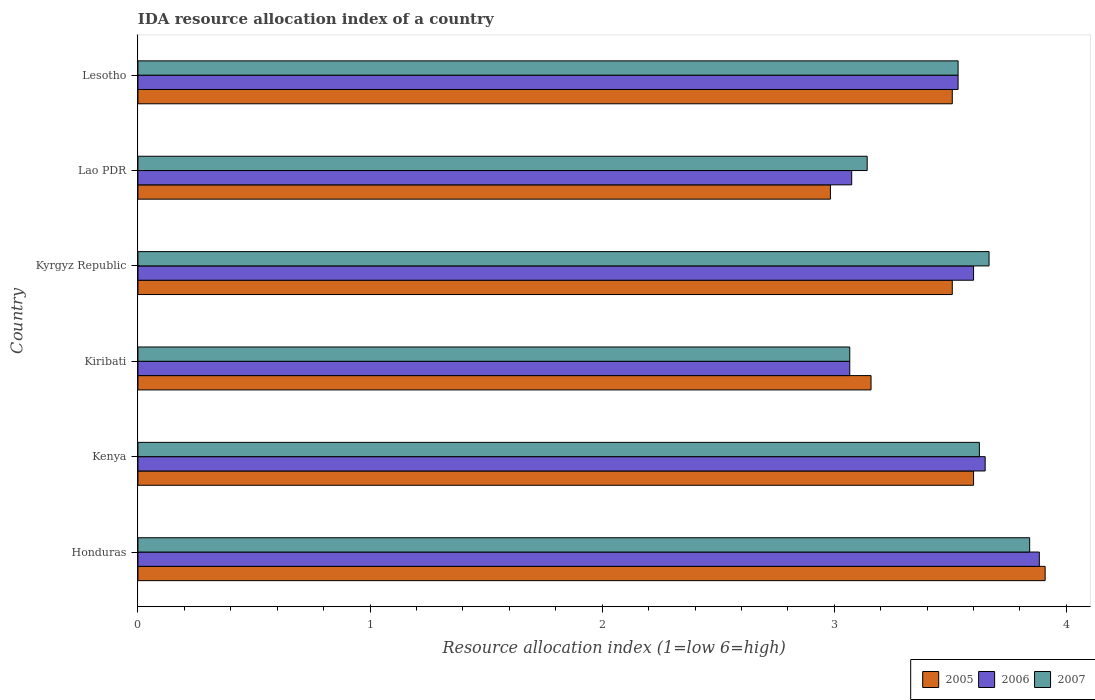
| Country | 2005 | 2006 | 2007 |
 | --- | --- | --- | --- |
 | Honduras | 3.91 | 3.88 | 3.84 |
 | Kenya | 3.6 | 3.65 | 3.62 |
 | Kiribati | 3.16 | 3.07 | 3.07 |
 | Kyrgyz Republic | 3.51 | 3.6 | 3.67 |
 | Lao PDR | 2.98 | 3.08 | 3.14 |
 | Lesotho | 3.51 | 3.53 | 3.53 |